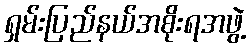
ရှမ်းပြည်နယ်အစိုးရအဖွဲ့